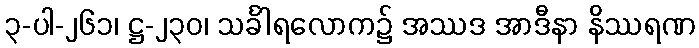
၃-ပါ-၂၆၁၊ ဋ္ဌ-၂၃၀၊ သင်္ခါရလောက၌ အဿဒ အာဒီနာ နိဿရဏ